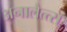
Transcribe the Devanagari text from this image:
अनालैत्त्स्